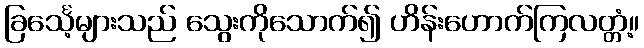
ခြင်္သေ့များသည် သွေးကိုသောက်၍ ဟိန်းဟောက်ကြလတ္တံ့။